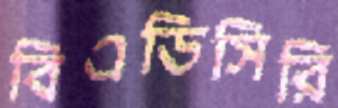
বিএডিসিরি